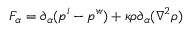
F _ { \alpha } = \partial _ { \alpha } ( p ^ { i } - p ^ { w } ) + \kappa \rho \partial _ { \alpha } ( \nabla ^ { 2 } \rho )